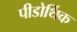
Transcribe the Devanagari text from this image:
पीडोर्थिक